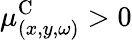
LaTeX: \mu_{(x,y,\omega)}^{\textrm{C}}>0